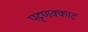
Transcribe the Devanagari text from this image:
पट्टणक्काट